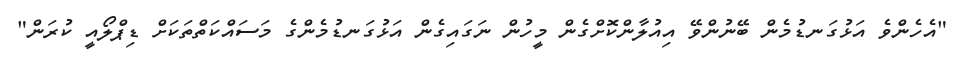
"އެހެންވެ އަޅުގަނޑުމެން ބޭނުންވޭ އިއުލާންކޮށްގެން މީހުން ނަގައިގެން އަޅުގަނޑުމެންގެ މަސައްކަތްތަކަށް ޑިޕްލޯއީ ކުރަން"